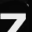
Digit: 7